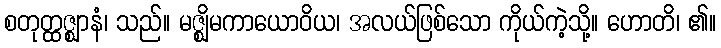
စတုတ္ထဇ္ဈာနံ၊ သည်။ မဇ္ဈိမကာယောဝိယ၊ အလယ်ဖြစ်သော ကိုယ်ကဲ့သို့။ ဟောတိ၊ ၏။